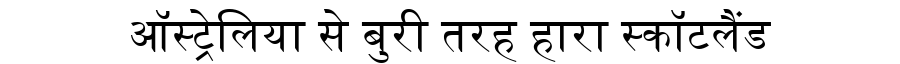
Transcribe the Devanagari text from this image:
ऑस्ट्रेलिया से बुरी तरह हारा स्कॉटलैंड